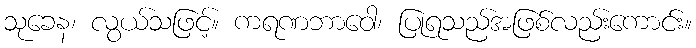
သုခေန၊ လွယ်သဖြင့်။ ကရဏဘာဝေါ၊ ပြုရသည်အဖြစ်လည်းကောင်း။